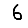
Digit: 6